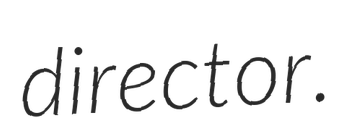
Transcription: director.